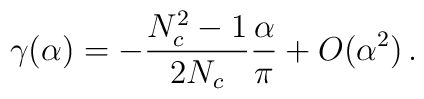
\gamma(\alpha) = - \frac{N_c^2 - 1}{2 N_c}\frac{\alpha}{\pi} +  O(\alpha^2) \, .